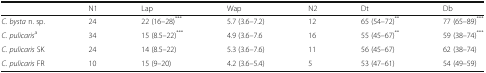
<table><thead><tr><td></td><td><b>N1</b></td><td><b>Lap</b></td><td><b>Wap</b></td><td><b>N2</b></td><td><b>Dt</b></td><td><b>Db</b></td></tr></thead><tbody><tr><td><i>C. bysta</i> n. sp.</td><td>24</td><td>22 (16–28)<sup>***</sup></td><td>5.7 (3.6–7.2)</td><td>12</td><td>65 (54–72)<sup>**</sup></td><td>77 (65–89)<sup>***</sup></td></tr><tr><td><i>C. pulicaris</i><sup>a</sup></td><td>34</td><td>15 (8.5–22)<sup>***</sup></td><td>4.9 (3.6–7.6</td><td>16</td><td>55 (45–67)<sup>**</sup></td><td>59 (38–74)<sup>***</sup></td></tr><tr><td><i>C. pulicaris</i> SK</td><td>24</td><td>14 (8.5–22)</td><td>5.3 (3.6–7.6)</td><td>11</td><td>56 (45–67)</td><td>62 (38–74)</td></tr><tr><td><i>C. pulicaris</i> FR</td><td>10</td><td>15 (9–20)</td><td>4.2 (3.6–5.4)</td><td>5</td><td>53 (47–61)</td><td>54 (49–59)</td></tr></tbody></table>